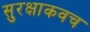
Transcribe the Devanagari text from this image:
सुरक्षाकवच